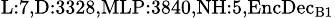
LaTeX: _{\textrm{L}:7,\textrm{D}:3328,\textrm{MLP}:3840,\textrm{NH}:5,\textrm{EncDec}_{\textrm{B}1}}